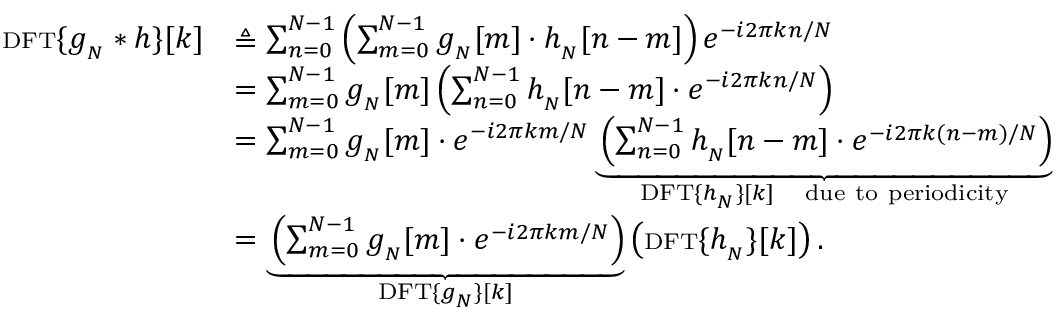
{ \begin{array} { r l } { { \scriptstyle \mathrm { { D F T } } } \{ g _ { _ { N } } * h \} [ k ] } & { \triangleq \sum _ { n = 0 } ^ { N - 1 } \left( \sum _ { m = 0 } ^ { N - 1 } g _ { _ { N } } [ m ] \cdot h _ { _ { N } } [ n - m ] \right) e ^ { - i 2 \pi k n / N } } \\ & { = \sum _ { m = 0 } ^ { N - 1 } g _ { _ { N } } [ m ] \left( \sum _ { n = 0 } ^ { N - 1 } h _ { _ { N } } [ n - m ] \cdot e ^ { - i 2 \pi k n / N } \right) } \\ & { = \sum _ { m = 0 } ^ { N - 1 } g _ { _ { N } } [ m ] \cdot e ^ { - i 2 \pi k m / N } \underbrace { \left( \sum _ { n = 0 } ^ { N - 1 } h _ { _ { N } } [ n - m ] \cdot e ^ { - i 2 \pi k ( n - m ) / N } \right) } _ { { \scriptstyle \mathrm { { D F T } } } \{ h _ { _ { N } } \} [ k ] \quad \scriptstyle { \mathrm { d u e ~ t o ~ p e r i o d i c i t y } } } } \\ & { = \underbrace { \left( \sum _ { m = 0 } ^ { N - 1 } g _ { _ { N } } [ m ] \cdot e ^ { - i 2 \pi k m / N } \right) } _ { { \scriptstyle \mathrm { { D F T } } } \{ g _ { _ { N } } \} [ k ] } \left( { \scriptstyle \mathrm { { D F T } } } \{ h _ { _ { N } } \} [ k ] \right) . } \end{array} }